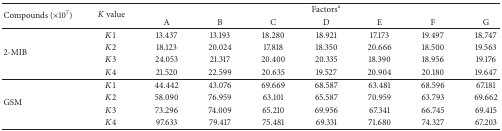
| <ROWSPAN=2> Compounds (×107) | <ROWSPAN=2> K value | <COLSPAN=7> Factorsa |
 | A | B | C | D | E | F | G |
 | --- | --- | --- | --- | --- | --- | --- | --- | --- |
 | <ROWSPAN=4> 2-MIB | K1 | 13.437 | 13.193 | 18.280 | 18.921 | 17.173 | 19.497 | 18.747 |
 | K2 | 18.123 | 20.024 | 17.818 | 18.350 | 20.666 | 18.500 | 19.563 |
 | K3 | 24.053 | 21.317 | 20.400 | 20.335 | 18.390 | 18.956 | 19.176 |
 | K4 | 21.520 | 22.599 | 20.635 | 19.527 | 20.904 | 20.180 | 19.647 |
 | <ROWSPAN=4> GSM | K1 | 44.442 | 43.076 | 69.669 | 68.587 | 63.481 | 68.596 | 67.181 |
 | K2 | 58.090 | 76.959 | 63.101 | 65.587 | 70.959 | 63.793 | 69.662 |
 | K3 | 73.296 | 74.009 | 65.210 | 69.956 | 67.341 | 66.745 | 69.415 |
 | K4 | 97.633 | 79.417 | 75.481 | 69.331 | 71.680 | 74.327 | 67.203 |